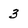
Character: 3